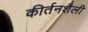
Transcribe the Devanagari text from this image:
कीर्तनशैली